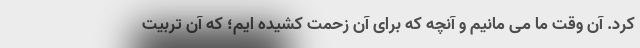
کرد. آن وقت ما می مانیم و آنچه که برای آن زحمت کشیده ایم؛ که آن تربیت